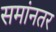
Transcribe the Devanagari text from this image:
समांनतर